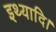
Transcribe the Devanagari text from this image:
इथ्यादि।